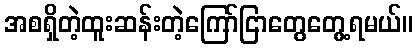
အစရှိတဲ့ထူးဆန်းတဲ့ကြော်ငြာတွေတွေ့ရမယ်။